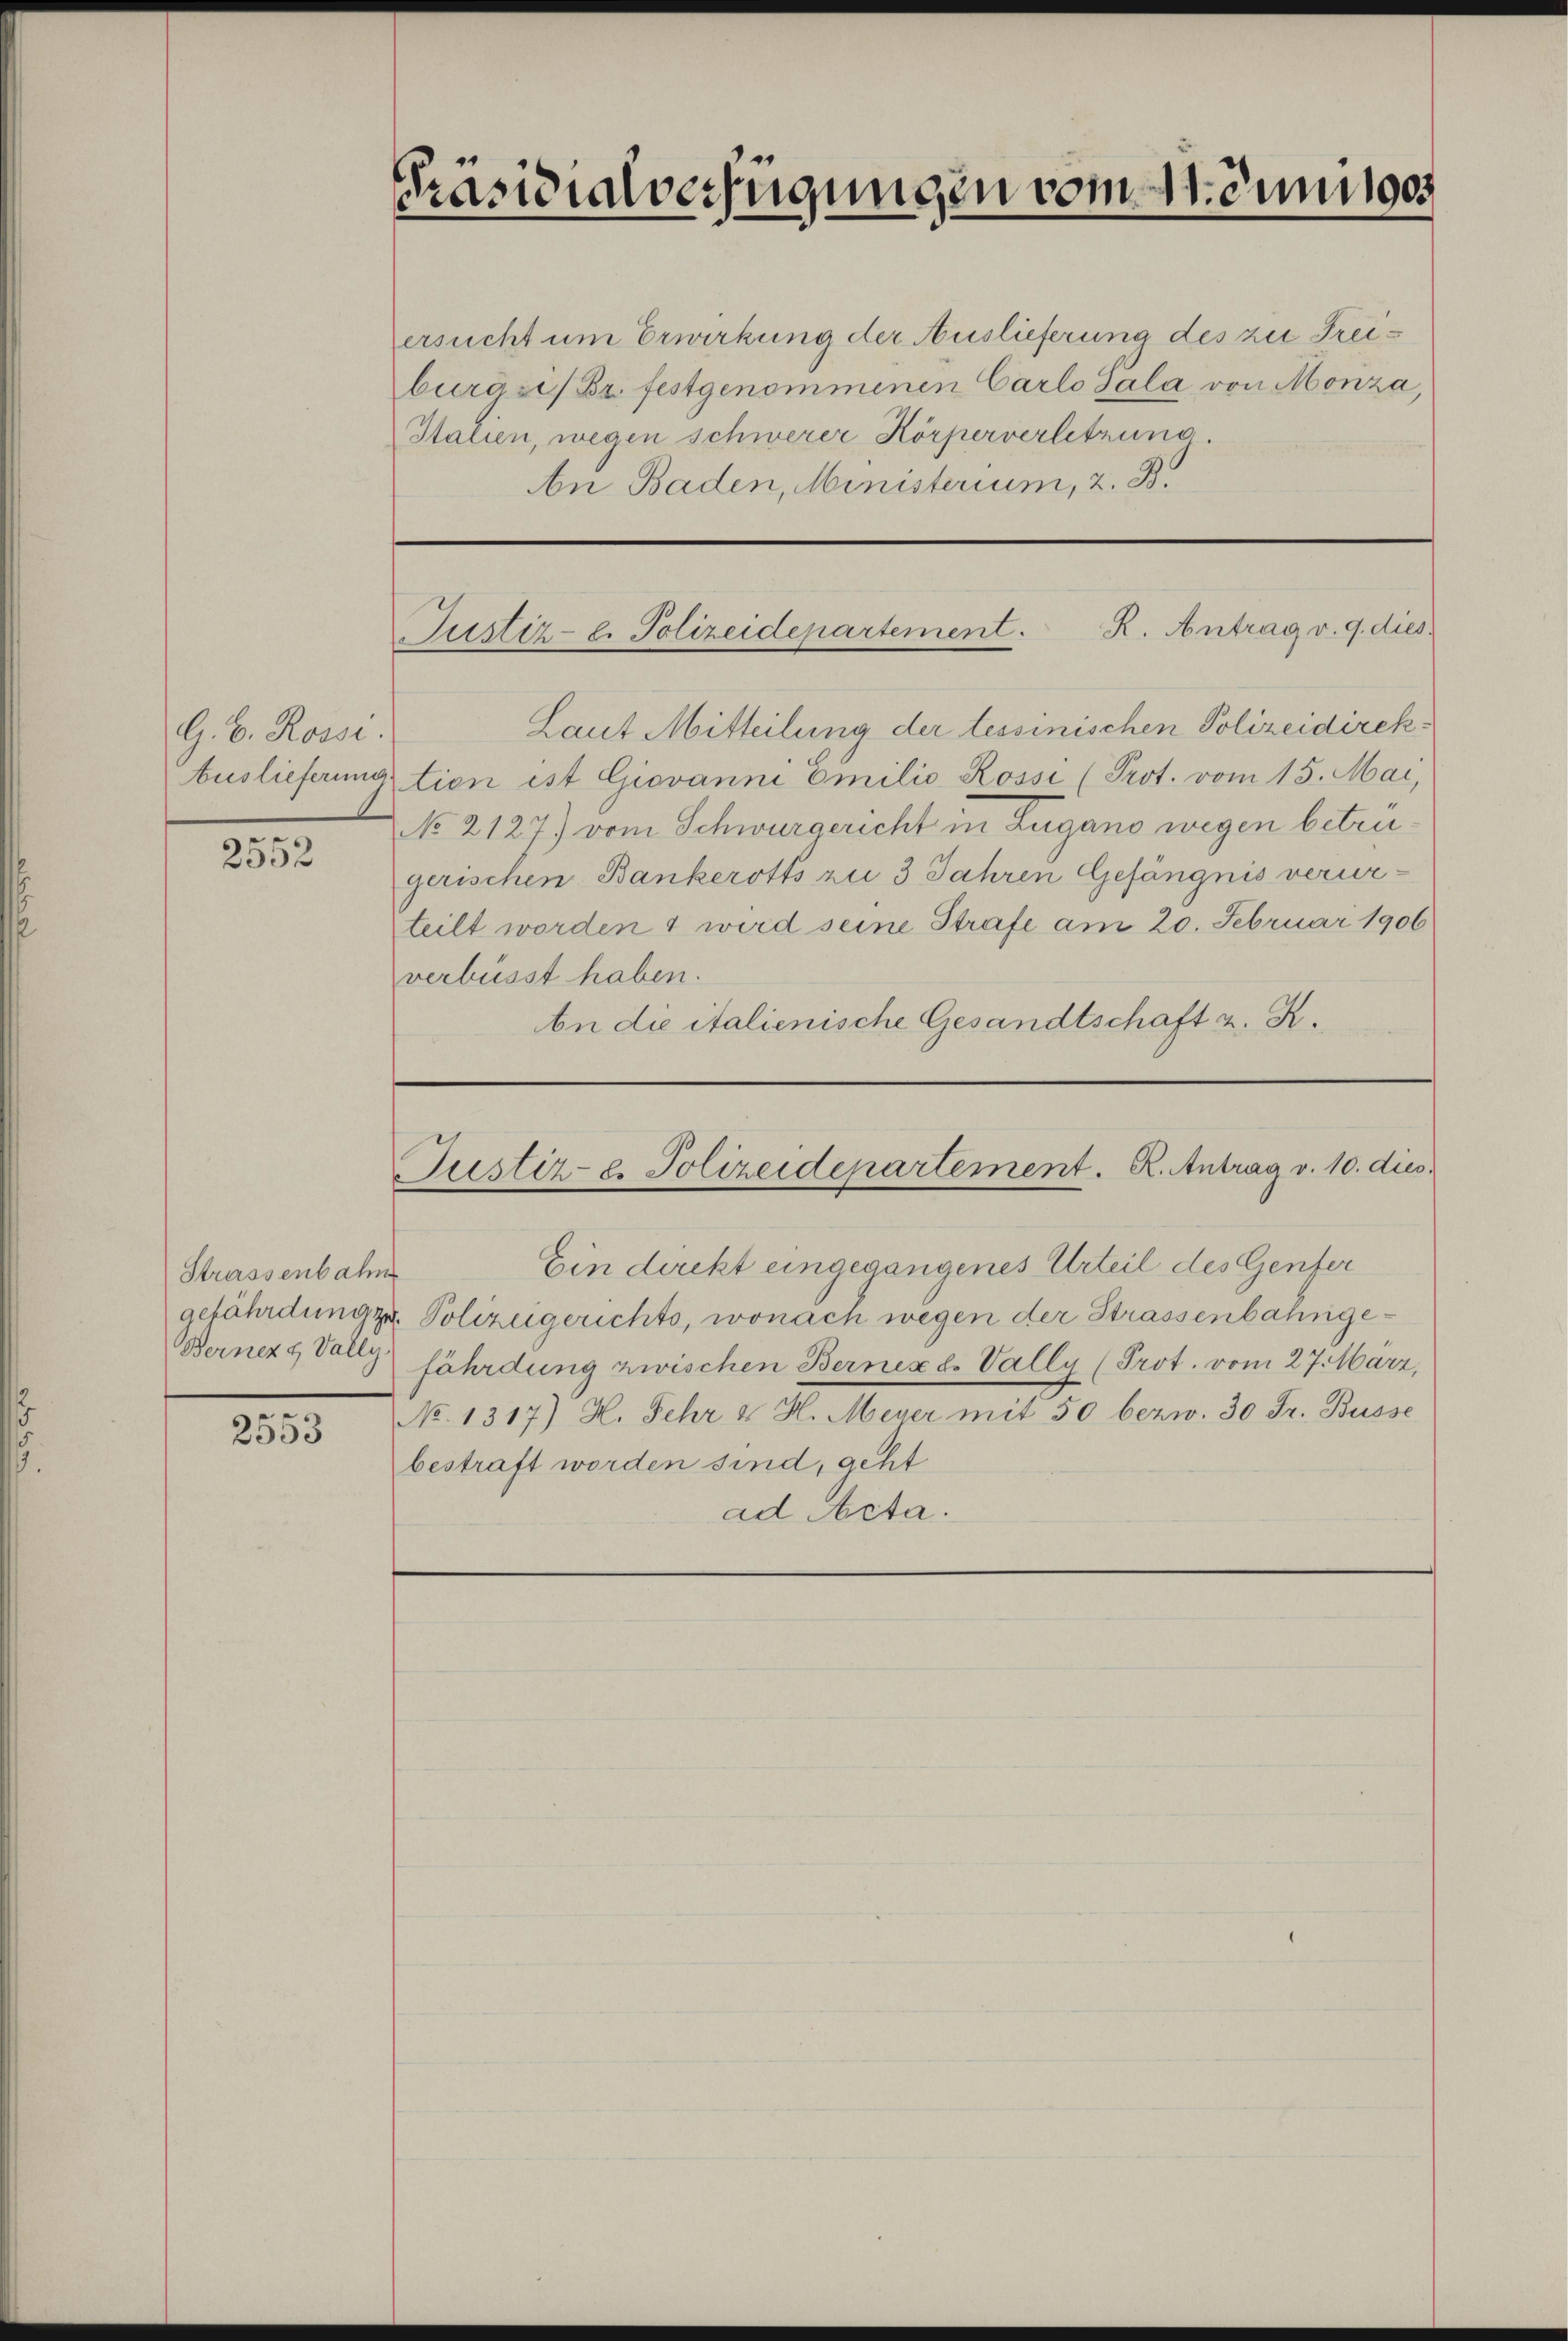
G. B. Rosse
2552

Strassenbahn

2553

Präsidialverfügungen vom 11. Juni 1905.

ersucht um Erwirkung der Auslieferung des zu Freiburg i/Br. festgenommenen Carlo Sala von Monza,
Italien, wegen schwerer Körperverletzung.
An Baden, Ministerium, z. B.

Justiz- u. Polizeidepartement. R. Antrag v. 9. dies

Laut Mitteilung der tessinischen Polizeidirek¬
Auslieferung tion ist Giovanni Emilio Rossi (Prot. vom 15. Mai,
No 2127) vom Schwurgericht in Lugano wegen betrugerischen Bankeroths zu 3 Jahren Gefängnis verurteilt worden 1 wird seine Strafe am 20. Februar 1906
verbüsst haben.
An die italienische Gesandtschaft z. R.
Justiz- u. Polizeidepartement. R. Antrag v. 10. dies
Ein direkt eingegangenes Urteil des Genfer
gefährdung zu. Polizeigerichts, wonach wegen der Strassenbahnge¬
Berner & Vollz fährdung zwischen Bernex de Vally (Prot. vom 27. März,
No. 1317) H. Sehr & H. Meyer mit 50 bezw. 30 Fr. Busse
bestraft worden sind, geht
ad Acta.